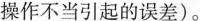
操作不当引起的误差)。